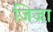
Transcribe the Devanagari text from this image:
जिजा